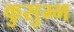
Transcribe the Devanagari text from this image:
कुसुम्भ